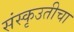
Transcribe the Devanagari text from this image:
संस्कृउतीचा